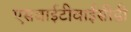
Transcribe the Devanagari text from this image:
एसवाईटीवाईसीडी